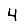
Digit: 4